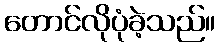
တောင်လိုပုံခဲ့သည်။